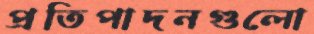
প্রতিপাদনগুলো